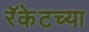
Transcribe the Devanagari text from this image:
रॅकेटच्या